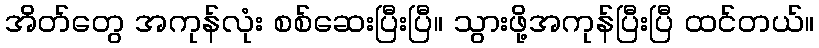
အိတ်တွေ အကုန်လုံး စစ်ဆေးပြီးပြီ။ သွားဖို့အကုန်ပြီးပြီ ထင်တယ်။